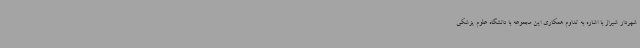
شهردار شیراز با اشاره به تداوم همکاری این مجموعه با دانشگاه علوم پزشکی